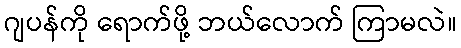
ဂျပန်ကို ရောက်ဖို့ ဘယ်လောက် ကြာမလဲ။